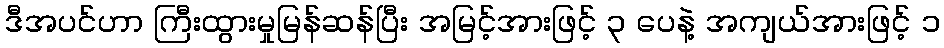
ဒီအပင်ဟာ ကြီးထွားမှုမြန်ဆန်ပြီး အမြင့်အားဖြင့် ၃ ပေနဲ့ အကျယ်အားဖြင့် ၁